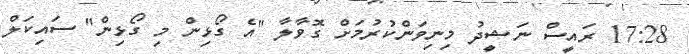
17:28 ރައީސް ނަޝީދު މިނިވަންކުރުމަށް ގޮވާލާ "އެ ގޯޅިން މި ގޯޅިން" ސައިކަލް